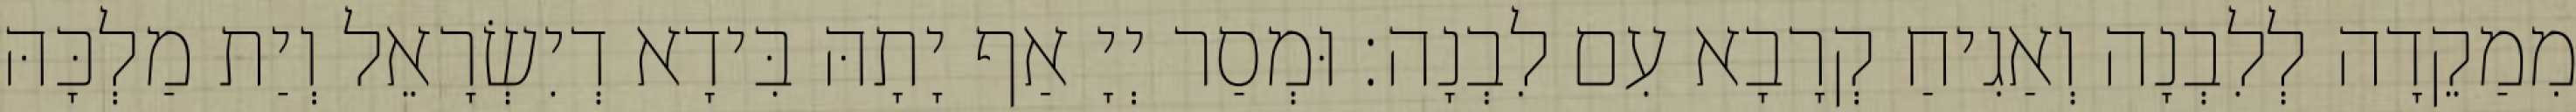
מִמַקֵדָה לְלִבְנָה וְאַגִיחַ קְרָבָא עִם לִבְנָה׃ וּמְסַר יְיָ אַף יָתָהּ בִּידָא דְיִשְׂרָאֵל וְיַת מַלְכָּהּ